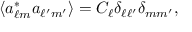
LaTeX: \langle a _ { \ell m } ^ { * } a _ { \ell ^ { \prime } m ^ { \prime } } \rangle = C _ { \ell } \delta _ { \ell \ell ^ { \prime } } \delta _ { m m ^ { \prime } } ,